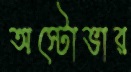
অস্টোভার